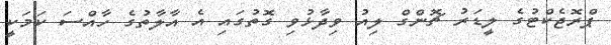
ޕްރޮޖެކްޓުގެ ލީޑަރު ޗޮންގް ލިއު ވިދާޅުވި ގޮތުގައި އެ އާލާތުގެ ހާއްސަ ކަމަކީ